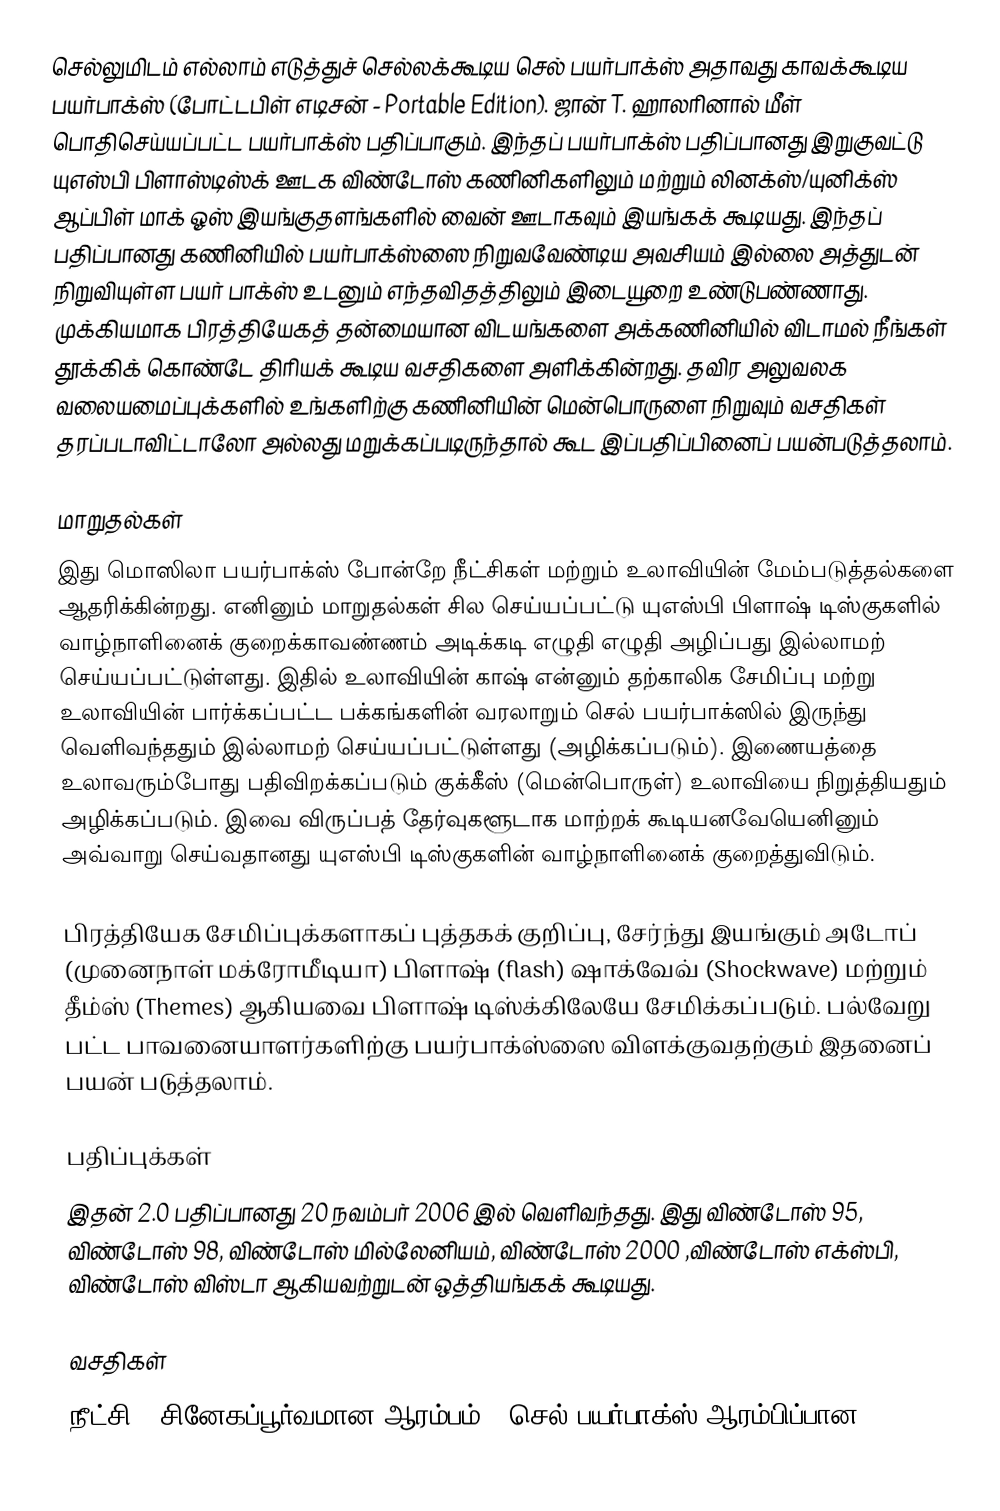
செல்லுமிடம் எல்லாம் எடுத்துச் செல்லக்கூடிய செல் பயர்பாக்ஸ் அதாவது காவக்கூடிய பயர்பாக்ஸ் (போட்டபிள் எடிசன் - Portable Edition). ஜான் T. ஹாலரினால் மீள் பொதிசெய்யப்பட்ட பயர்பாக்ஸ் பதிப்பாகும். இந்தப் பயர்பாக்ஸ் பதிப்பானது இறுகுவட்டு யுஎஸ்பி பிளாஸ்டிஸ்க் ஊடக விண்டோஸ் கணினிகளிலும் மற்றும் லினக்ஸ்/யுனிக்ஸ் ஆப்பிள் மாக் ஓஸ் இயங்குதளங்களில் வைன் ஊடாகவும் இயங்கக் கூடியது. இந்தப் பதிப்பானது கணினியில் பயர்பாக்ஸ்ஸை நிறுவவேண்டிய அவசியம் இல்லை அத்துடன் நிறுவியுள்ள பயர் பாக்ஸ் உடனும் எந்தவிதத்திலும் இடையூறை உண்டுபண்ணாது. முக்கியமாக பிரத்தியேகத் தன்மையான விடயங்களை அக்கணினியில் விடாமல் நீங்கள் தூக்கிக் கொண்டே திரியக் கூடிய வசதிகளை அளிக்கின்றது. தவிர அலுவலக வலையமைப்புக்களில் உங்களிற்கு கணினியின் மென்பொருளை நிறுவும் வசதிகள் தரப்படாவிட்டாலோ அல்லது மறுக்கப்படிருந்தால் கூட இப்பதிப்பினைப் பயன்படுத்தலாம்.

மாறுதல்கள்
இது மொஸிலா பயர்பாக்ஸ் போன்றே நீட்சிகள் மற்றும் உலாவியின் மேம்படுத்தல்களை ஆதரிக்கின்றது. எனினும் மாறுதல்கள் சில செய்யப்பட்டு யுஎஸ்பி பிளாஷ் டிஸ்குகளில் வாழ்நாளினைக் குறைக்காவண்ணம் அடிக்கடி எழுதி எழுதி அழிப்பது இல்லாமற் செய்யப்பட்டுள்ளது. இதில் உலாவியின் காஷ் என்னும் தற்காலிக சேமிப்பு மற்று உலாவியின் பார்க்கப்பட்ட பக்கங்களின் வரலாறும் செல் பயர்பாக்ஸில் இருந்து வெளிவந்ததும் இல்லாமற் செய்யப்பட்டுள்ளது (அழிக்கப்படும்). இணையத்தை உலாவரும்போது பதிவிறக்கப்படும் குக்கீஸ் (மென்பொருள்) உலாவியை நிறுத்தியதும் அழிக்கப்படும். இவை விருப்பத் தேர்வுகளூடாக மாற்றக் கூடியனவேயெனினும் அவ்வாறு செய்வதானது யுஎஸ்பி டிஸ்குகளின் வாழ்நாளினைக் குறைத்துவிடும்.

பிரத்தியேக சேமிப்புக்களாகப் புத்தகக் குறிப்பு, சேர்ந்து இயங்கும் அடோப் (முனைநாள் மக்ரோமீடியா) பிளாஷ் (flash) ஷாக்வேவ் (Shockwave) மற்றும் தீம்ஸ் (Themes) ஆகியவை பிளாஷ் டிஸ்க்கிலேயே சேமிக்கப்படும். பல்வேறு பட்ட பாவனையாளர்களிற்கு பயர்பாக்ஸ்ஸை விளக்குவதற்கும் இதனைப் பயன் படுத்தலாம்.

பதிப்புக்கள்
இதன் 2.0 பதிப்பானது 20 நவம்பர் 2006 இல் வெளிவந்தது.  இது விண்டோஸ் 95, விண்டோஸ் 98, விண்டோஸ் மில்லேனியம், விண்டோஸ் 2000 ,விண்டோஸ் எக்ஸ்பி, விண்டோஸ் விஸ்டா ஆகியவற்றுடன் ஒத்தியங்கக் கூடியது.

வசதிகள்
 நீட்சி - சினேகப்பூர்வமான ஆரம்பம் - செல் பயர்பாக்ஸ் ஆரம்பிப்பான